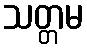
သတ္တမ